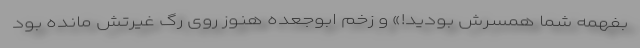
بفهمه شما همسرش بودید!» و زخم ابوجعده هنوز روی رگ غیرتش مانده بود